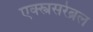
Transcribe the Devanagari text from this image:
एक्स्त्रसरेब्रल